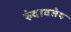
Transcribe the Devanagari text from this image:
रुंदावतेय